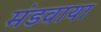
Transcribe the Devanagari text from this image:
मंडवाया